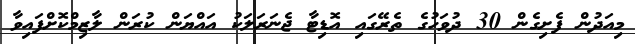
މިއަދުން ފެށިގެން 30 ދުވަހުގެ ތެރޭގައި އޮޑިޓާ ޖެނަރަލަކު އައްޔަން ކުރަން ލާޒިމްކޮށްފައިވާ